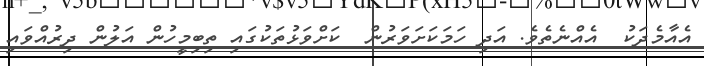
އެއާމެދަކު  އެއްނެތެވެ. އަދި ހަމަކަށަވަރުން  ކަށްވަޅުތަކުގައި ތިބިމީހުން އަލުން ދިރުއްވައި